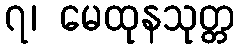
၇၊ မေထုနသုတ္တ